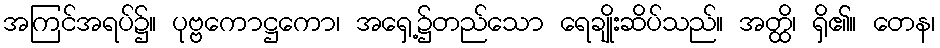
အကြင်အရပ်၌။ ပုဗ္ဗကောဋ္ဌကော၊ အရှေ့၌တည်သော ရေချိုးဆိပ်သည်။ အတ္ထိ၊ ရှိ၏။ တေန၊